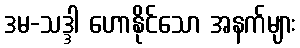
ဒမ-သဒ္ဒါ ဟောနိုင်သော အနက်များ